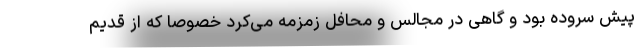
پیش سروده بود و گاهی در مجالس و محافل زمزمه می‌کرد خصوصا که از قدیم